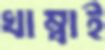
খাম্বাই